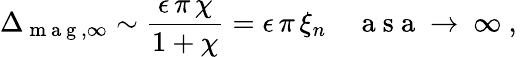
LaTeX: \Delta_{\mathrm{~m~a~g~},\infty}\sim\frac{\epsilon\, \pi\, \chi}{1+\chi}=\epsilon\, \pi\, \xi_{n}\quad\mathrm{~a~s~a~\to~\infty~,~}